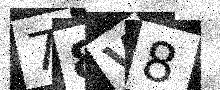
Text: 78V8